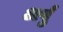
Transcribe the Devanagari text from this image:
अर्पुं